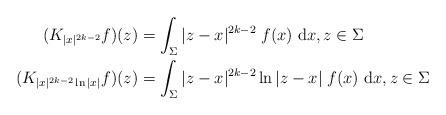
LaTeX: \begin{align*}(K_{|x|^{2k-2}} f)(z) &= \int_{\Sigma} | z - x |^{2k-2} \; f(x) \ \mathrm{d} x , z \in \Sigma \\(K_{|x|^{2k-2} \ln |x| } f)(z) &= \int_{\Sigma} | z - x|^{2k-2} \ln |z -x| \; f(x) \ \mathrm{d} x , z\in \Sigma\end{align*}